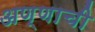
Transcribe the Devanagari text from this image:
अण्णाची